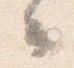
云